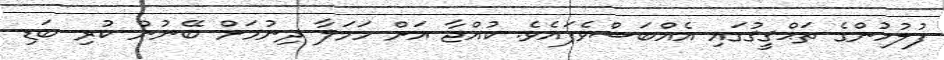
ފުލުހުންގެ ތަޙްޤީޤުގައި އެއްބަސްވެފައެވެ. ކުއްޖާ އަށް ހަމަލާ ދިނުމަށް ބޭނުން ކުރި ބަޑި